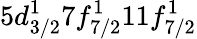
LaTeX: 5d_{3/2}^{1}7f_{7/2}^{1}11f_{7/2}^{1}